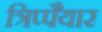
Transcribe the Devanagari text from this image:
त्रिप्पैयार